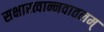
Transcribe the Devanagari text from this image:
सक्षारत्वान्नवातलम्